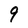
Character: 9